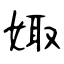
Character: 娵